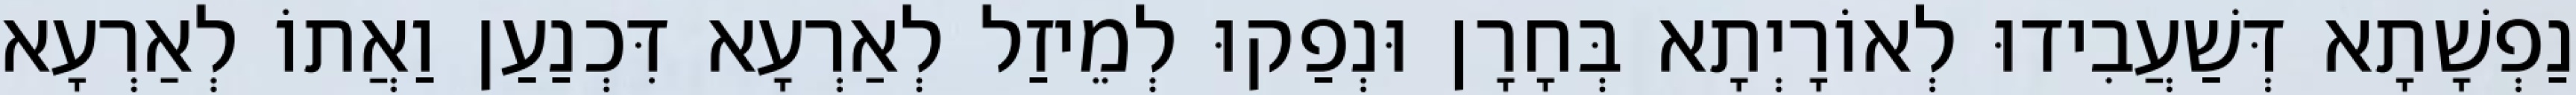
נַפְשָׁתָא דְּשַׁעֲבִידוּ לְאוֹרָיְתָא בְּחָרָן וּנְפַקוּ לְמֵיזַל לְאַרְעָא דִּכְנַעַן וַאֲתוֹ לְאַרְעָא